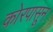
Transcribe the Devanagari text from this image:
कोरपासून